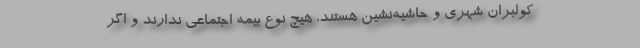
کولبران شهری و حاشیه‌نشین هستند، هیچ نوع بیمه اجتماعی ندارند و اگر